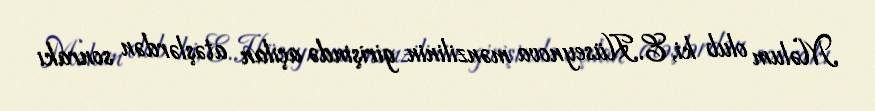
Məlum olub ki, E.Hüseynova mənzilinin girişində açılan atəşlərdən sonrakı